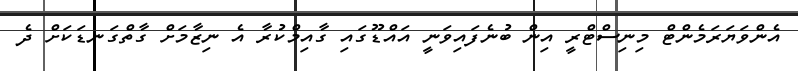
އެންވަޔަރަމެންޓް މިނިސްޓްރީ އިން ބުނެފައިވަނީ އައްޑޫގައި ގާއިމްކުރާ އެ ނިޒާމަށް ގާތްގަނޑަކަށް ދެ